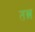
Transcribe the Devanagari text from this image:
तन्न